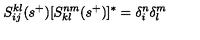
S _ { i j } ^ { k l } ( s ^ { + } ) [ S _ { k l } ^ { n m } ( s ^ { + } ) ] ^ { * } = \delta _ { i } ^ { n } \delta _ { l } ^ { m }